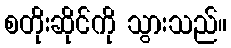
စတိုးဆိုင်ကို သွားသည်။